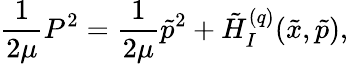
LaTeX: \frac{1}{2\mu}P^{2}=\frac{1}{2\mu}\tilde{p}^{2}+\tilde{H}_{I}^{(q)}(\tilde{x},\tilde{p}),